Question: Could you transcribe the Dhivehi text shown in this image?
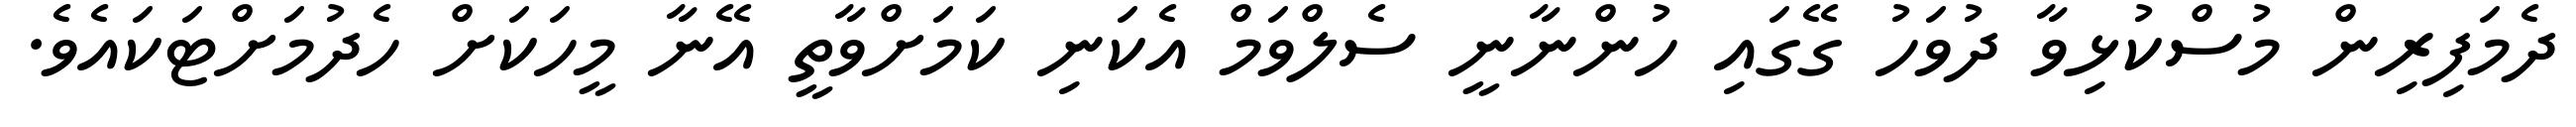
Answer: ދެމަފިރިން މުސްކުޅިވާ ދުވަހު ގޭގައި ހުންނާނީ ސެލްވަމް އެކަނި ކަމަށްވާތީ އޭނާ މީހަކަށް ހެދުމަށްޓަކައެވެ.